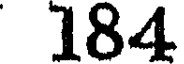
184